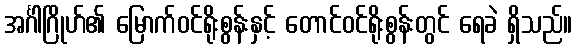
အင်္ဂါဂြိုဟ်၏ မြောက်ဝင်ရိုးစွန်းနှင့် တောင်ဝင်ရိုးစွန်းတွင် ရေခဲ ရှိသည်။